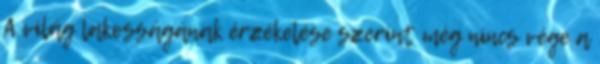
A világ lakosságának érzékelése szerint még nincs vége a